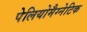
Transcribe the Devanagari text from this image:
पेलियोमैग्नेटिक